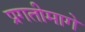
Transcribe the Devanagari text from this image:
प्रगतीमागे